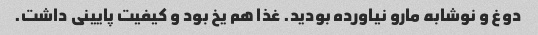
دوغ و نوشابه مارو نیاورده بودید. غذا هم یخ بود و کیفیت پایینی داشت.